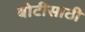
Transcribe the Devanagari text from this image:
बोटीसाठी